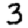
Digit: 3